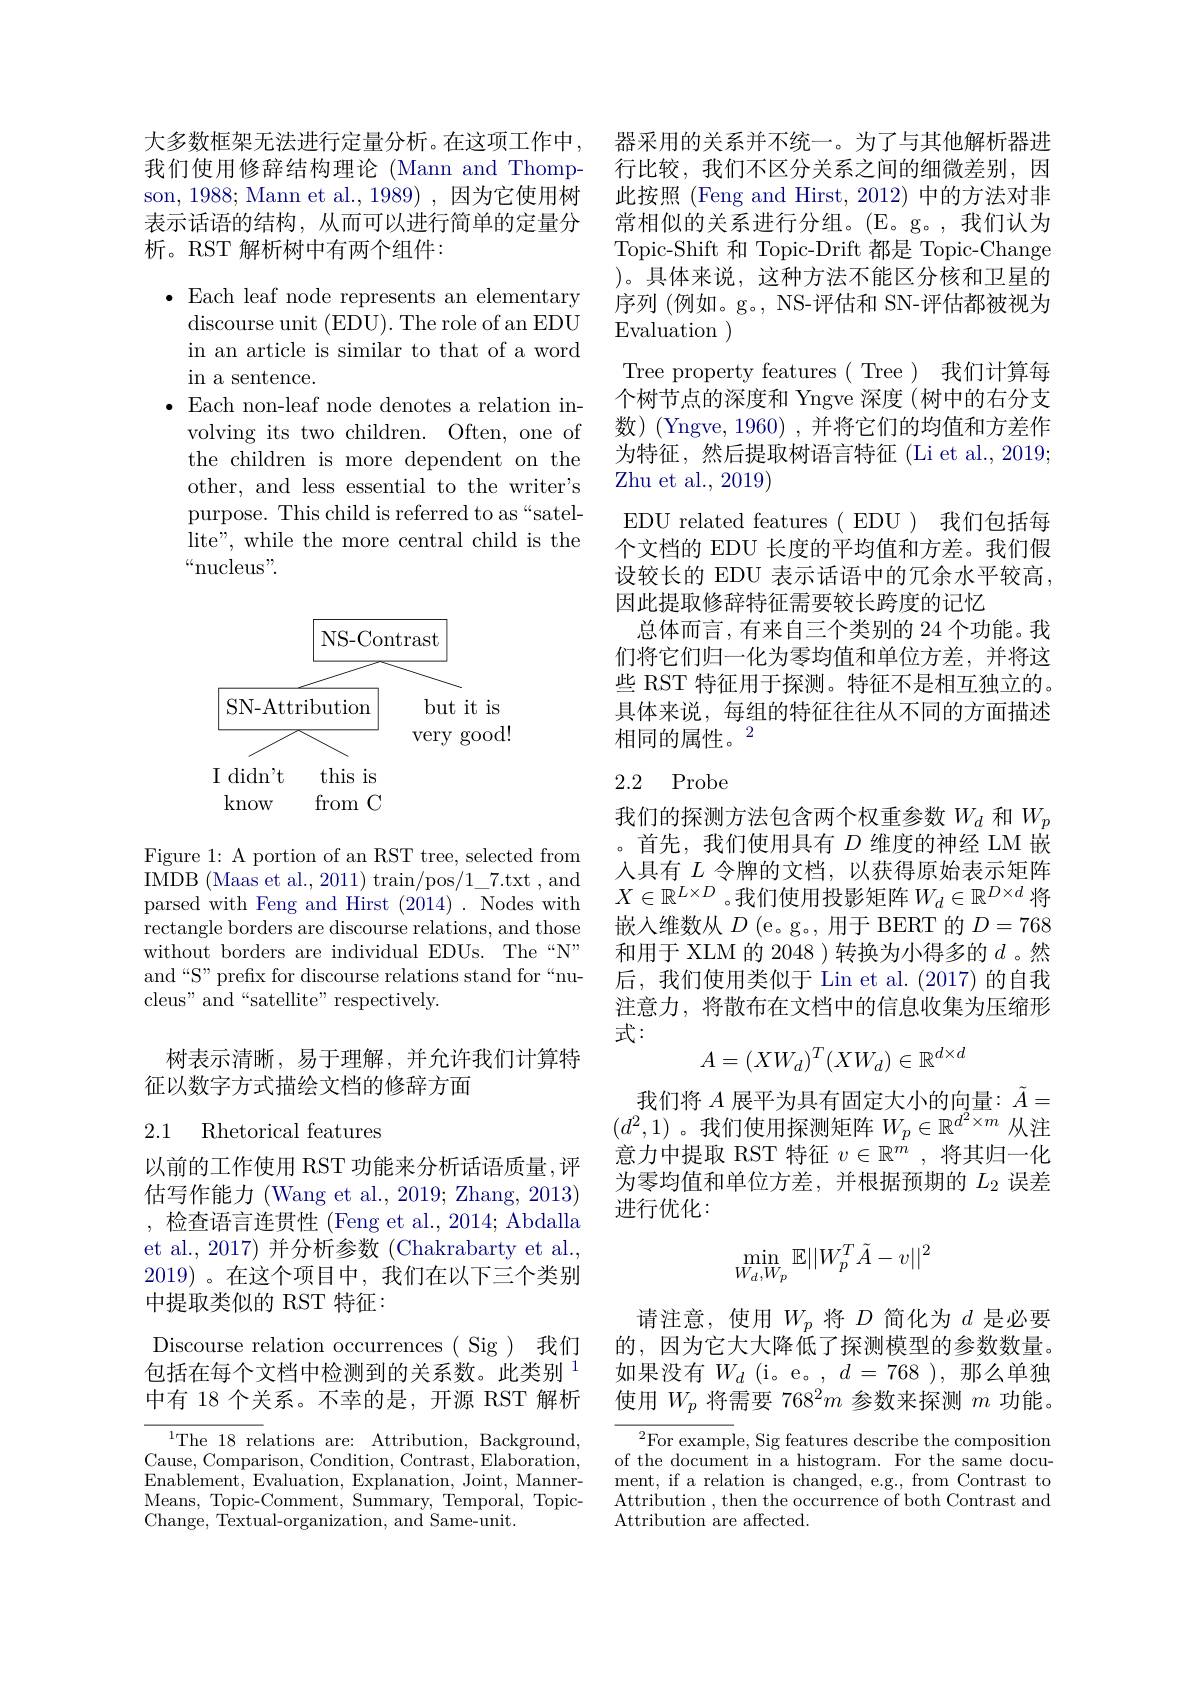
大多数框架无法进行定量分析。在这项工作中我们使用修辞结构理论 (Mann and Thompson, 1988; Mann et al., 1989) , 因为它使用树表示话语的结构，从而可以进行简单的定量分析。RST 解析树中有两个组件：

$\bullet$ Each leaf node represents an elementary
discourse unit (EDU). The role of an EDU in an article is similar to that of a word in a sentence.
$\bullet$ Each non-leaf node denotes a relation in-
volving its two children. Often, one of the children is more dependent on the other, and less essential to the writer's purpose. This child is referred to as“satellite", while the more central child is the “nucleus”.

<FigureHere>

Figure 1: A portion of an RST tree, selected from IMDB (Maas et al., 2011) train/pos/1\_7.txt, and parsed with Feng and Hirst (2014). Nodes with rectangle borders are discourse relations, and those without borders are individual EDUs. The“N” and“S” prefix for discourse relations stand for“nucleus" and“satellite” respectively.

树表示清晰，易于理解，并允许我们计算特
征以数字方式描绘文档的修辞方面

### 2.1 Rhetorical features

以前的工作使用 RST 功能来分析话语质量 ,评估写作能力 (Wang et al., 2019; Zhang, 2013) ,检查语言连贯性 (Feng et al., 2014; Abdalla et al., 2017) 并分析参数 (Chakrabarty et al., 2019)。在这个项目中，我们在以下三个类别中提取类似的 RST 特征：

Discourse relation occurrences ( Sig ) 我们包括在每个文档中检测到的关系数。此类别$^{1}$ 中有 18 个关系。不幸的是，开源 RST 解析$^{1}$The 18 relations are: Attribution, Background,
Cause, Comparison, Condition, Contrast, Elaboration, Enablement, Evaluation, Explanation, Joint, MannerMeans, Topic-Comment, Summary, Temporal, TopicChange, Textual-organization, and Same-unit.

器采用的关系并不统一。为了与其他解析器进行比较，我们不区分关系之间的细微差别，因此按照 (Feng and Hirst, 2012) 中的方法对非常相似的关系进行分组。(E。g。,我们认为Topic-Shift 和 Topic-Drift 都是 Topic-Change )。具体来说，这种方法不能区分核和卫星的序列 (例如。g。, NS-评估和 SN-评估都被视为Evaluation )
Tree property features( Tree)我们计算每个树节点的深度和 Yngve 深度(树中的右分支数)(Yngve,1960),并将它们的均值和方差作为特征，然后提取树语言特征(Li et al., 2019; Zhu et al., 2019)
EDU related features( EDU ) 我们包括每个文档的 EDU 长度的平均值和方差。我们假设较长的 EDU 表示话语中的冗余水平较高， 因此提取修辞特征需要较长跨度的记忆
总体而言，有来自三个类别的 24 个功能。我们将它们归一化为零均值和单位方差，并将这些 RST 特征用于探测。特征不是相互独立的。具体来说，每组的特征往往从不同的方面描述相同的属性。$^{2}$

## 2.2 Probe

我们的探测方法包含两个权重参数$W_d$和$W_p$
首先，我们使用具有$D$维度的神经 LM 嵌人具有$L$令牌的文档，以获得原始表示矩阵$X\in\mathbb{R}^{L\times D}$。我们使用投影矩阵$W_d\in\mathbb{R}^D\times d$ 将嵌入维数从$D$ (e。g。, 用于 BERT 的$D=768$ 和用于 XLM 的 2048 ) 转换为小得多的$d$ 。然后，我们使用类似于 Lin et al.(2017)的自我注意力，将散布在文档中的信息收集为压缩形式：
$$A=(XW_d)^T(XW_d)\in\mathbb{R}^{d\times d}$$
我们将 $A$ 展平为具有固定大小的向量$:\tilde{A}=$ $(d^2,1)$。我们使用探测矩阵$W_p\in\mathbb{R}^d^2\times m$从注意力中提取 RST 特征 $v\in \mathbb{R} ^m$ , 将其归一化为零均值和单位方差，并根据预期的$L_{2}$误差进行优化：
$$\min\limits_{W_d,W_p}\mathbb{E}||W_p^T\tilde{A}-v||^2$$
请注意，使用$W_p$将$D$简化为$d$是必要的，因为它大大降低了探测模型的参数数量。如果没有$W_d$ (i。e。, $d=768$ ),那么单独使用$W_p$将需要 768$^2m$参数来探测$m$功能。

$^2$For example, Sig features describe the composition of the document in a histogram. For the same document, if a relation is changed, e.g., from Contrast to Attribution , then the occurrence of both Contrast and Attribution are affected.